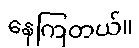
နေကြတယ်။